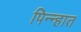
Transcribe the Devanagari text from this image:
पिन्न्हात